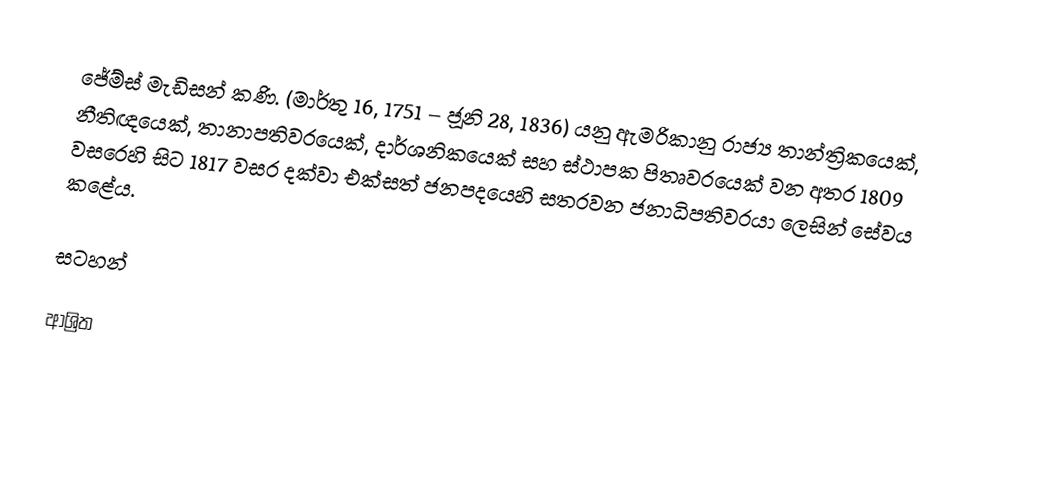
ජේම්ස් මැඩිසන් කණි. (මාර්තු 16, 1751 – ජූනි 28, 1836) යනු ඇමරිකානු රාජ්‍ය තාන්ත්‍රිකයෙක්, නීතිඥයෙක්, තානාපතිවරයෙක්, දාර්ශනිකයෙක් සහ ස්ථාපක පිතෘවරයෙක් වන අතර 1809 වසරෙහි සිට 1817 වසර දක්වා එක්සත් ජනපදයෙහි සතරවන ජනාධිපතිවරයා ලෙසින් සේවය කළේය.

සටහන්

ආශ්‍රිත